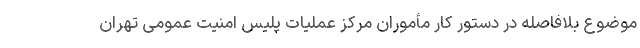
موضوع بلافاصله در دستور کار مأموران مرکز عملیات پلیس امنیت عمومی تهران